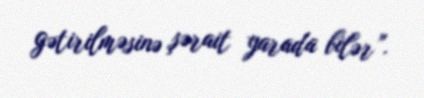
gətirilməsinə şərait yarada bilər”.